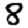
Digit: 8